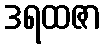
ဒရထဇာ